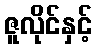
ဇူလိုင်နှင့်